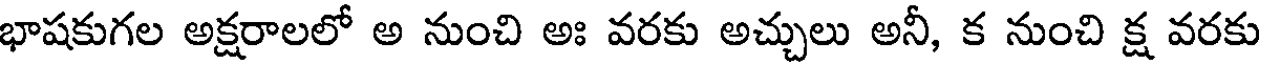
భాషకుగల అక్షరాలలో అ నుంచి అః వరకు అచ్చులు అనీ, క నుంచి క్ష వరకు